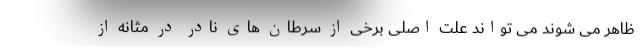
ظاهر می شوند می تواند علت اصلی برخی از سرطان های نادر در مثانه از